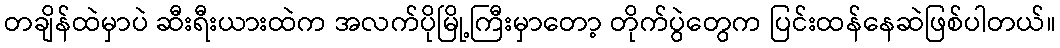
တချိန်ထဲမှာပဲ ဆီးရီးယားထဲက အလက်ပိုမြို့ကြီးမှာတော့ တိုက်ပွဲတွေက ပြင်းထန်နေဆဲဖြစ်ပါတယ်။